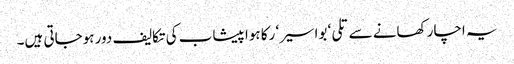
یہ اچار کھانے سے تلی‘ بواسیر‘ رکا ہوا پیشاب کی تکالیف دور ہوجاتی ہیں۔